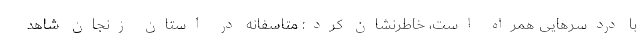
با دردسرهایی همراه است، خاطرنشان کرد: متاسفانه در استان زنجان شاهد